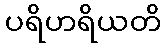
ပရိဟရိယတိ